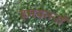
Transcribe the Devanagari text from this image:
हमवतनों